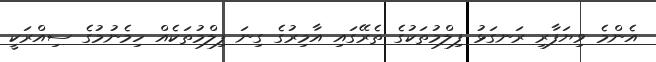
އެންމެ ވިޔަފާރި ރަނގަޅު ފިލްމުތަކުގެ ތެރޭގައި އާމިރުގެ ގިނަ ފިލްމުތަކެއް ހިމެނުމުގެ ސިއްރަކީ